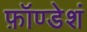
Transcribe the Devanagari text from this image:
फ़ॉण्डेशं